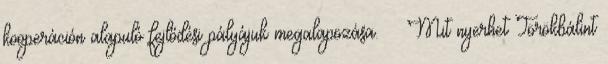
kooperáción alapuló fejlődési pályájuk megalapozása. ·· Mit nyerhet Törökbálint